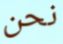
نحن